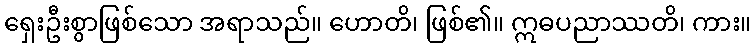
ရှေးဦးစွာဖြစ်သော အရာသည်။ ဟောတိ၊ ဖြစ်၏။ ဣဓပညာဿတိ၊ ကား။